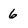
Character: 6